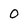
Character: 0